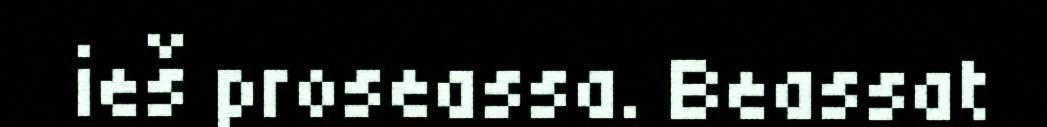
ieš proseassa. Beassat